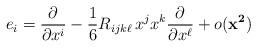
LaTeX: \begin{align*}e_{i}= \frac{\partial}{\partial x^{i}} - \frac{1}{6} R_{ijk\ell}\, x^{j}x^{k} \frac{\partial}{\partial x^{\ell}} + o(\mathbf{x^{2})}\end{align*}